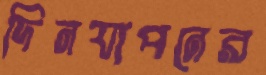
দিনযাপনের